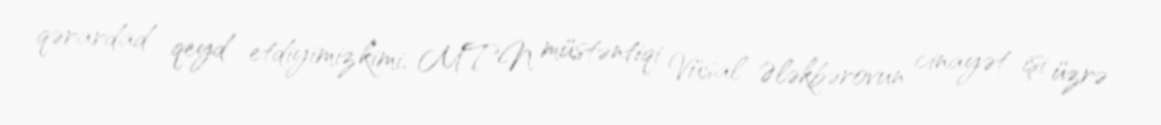
qərardad qeyd etdiyimiz kimi, MTN müstəntiqi Vüsal Ələkbərovun cinayət işi üzrə